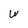
Character: W